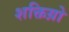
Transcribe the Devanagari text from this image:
शक्तिय़ो